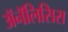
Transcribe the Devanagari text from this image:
ॲनॅलिसिस